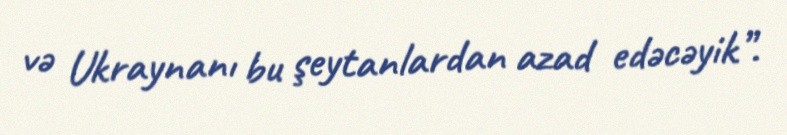
və Ukraynanı bu şeytanlardan azad edəcəyik”.